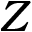
Z